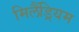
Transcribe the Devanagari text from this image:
मिलैंड्रियम